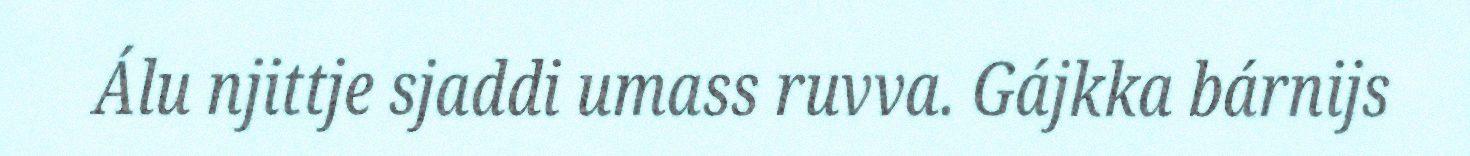
Álu njittje sjaddi umass ruvva. Gájkka bárnijs